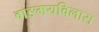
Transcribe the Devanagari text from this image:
वाङ्‌मयविलास